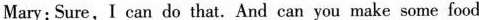
Mary:Sure,I can do that. And can you make some food